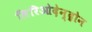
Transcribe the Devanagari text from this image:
लिरिओदेन्द्रोन